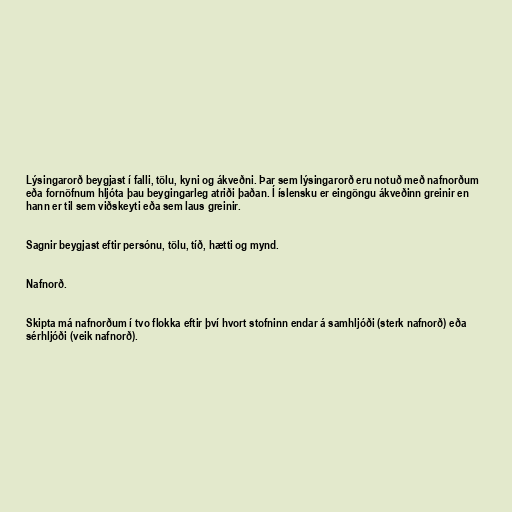
Lýsingarorð beygjast í falli, tölu, kyni og ákveðni. Þar sem lýsingarorð eru notuð með nafnorðum
eða fornöfnum hljóta þau beygingarleg atriði þaðan. Í íslensku er eingöngu ákveðinn greinir en
hann er til sem viðskeyti eða sem laus greinir.

Sagnir beygjast eftir persónu, tölu, tíð, hætti og mynd.

Nafnorð.

Skipta má nafnorðum í tvo flokka eftir því hvort stofninn endar á samhljóði (sterk nafnorð) eða
sérhljóði (veik nafnorð).